Vaccine operations Central Provinces 1868-1885 - 1868-1885
Year: 1868
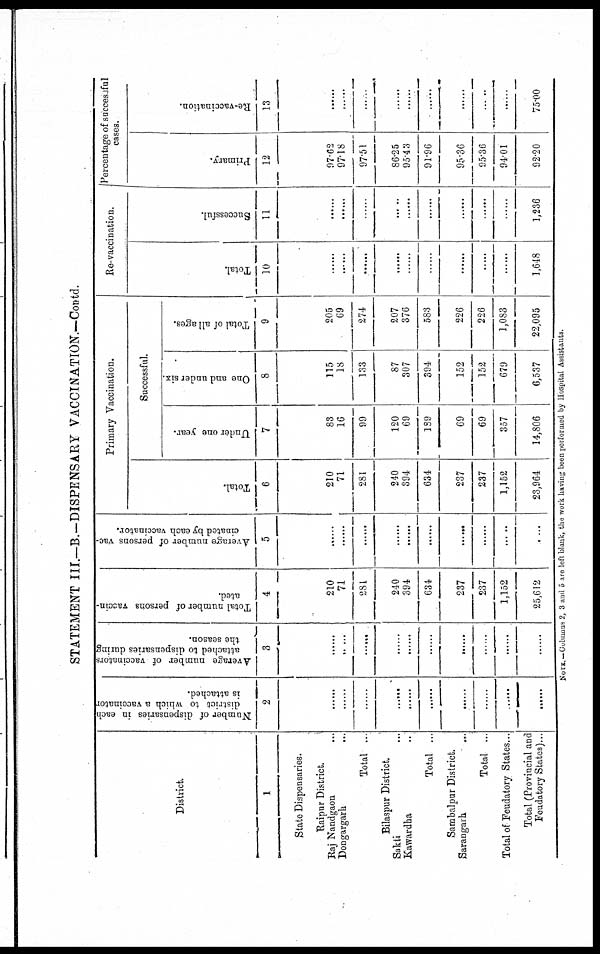
STATEMENT III.—B.—DISPENSARY VACCINATION.—Contd.
District.
1
State Dispensaries.
Raipur District.
Raj Nandgaon ...
Dongargarh ...
Total ...
Bilaspur District.
Sakti ...
Kawardha ...
Total ...
Sambalpur District.
Sarangarh
...
Total ...
Total of Feudatory States...
Total (Provincial and
Feudatory States)...
Number of dispensaries in each
district to which a vaccinator
is attached.
2
......
......
......
......
......
......
......
......
......
......
Average number of vaccinators
attached to dispensaries during
the season.
3
......
......
......
......
......
......
......
......
......
......
Total number of persons vaccin-
ated.
4
210
71
281
240
394
634
237
237
1,152
25,612
Average number of persons vac-
cinated by each vaccinator.
5
......
......
......
......
......
......
......
......
......
......
Primary Vaccination.
Total.
6
210
71
281
240
394
634
237
237
1,152
23,964
Successful.
Under one year.
7
83
16
99
120
69
139
69
69
357
14,806
One and under six.
8
115
18
133
87
307
394
152
152
679
6,537
Total of all ages.
9
205
69
274
207
376
583
226
226
1,083
22,095
Re-vaccination.
Total.
10
......
......
......
......
......
......
......
......
......
1,648
Successful.
11
......
......
......
......
......
......
......
......
......
1,236
Percentage of successful
cases.
Primary.
12
97.62
97.18
97.51
86.25
95.43
91.96
95.36
95.36
94.01
92.20
Re-vaccination.
13
......
......
......
......
......
......
......
......
......
75.00
NOTE. — Columns 2, 3 and 5 are left blank, the work having been porformed by Hospital Assistants.